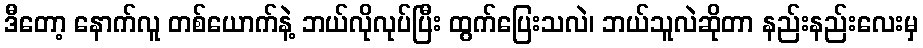
ဒီတော့ နောက်လူ တစ်ယောက်နဲ့ ဘယ်လိုလုပ်ပြီး ထွက်ပြေးသလဲ၊ ဘယ်သူလဲဆိုတာ နည်းနည်းလေးမှ